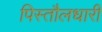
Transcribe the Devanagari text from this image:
पिस्तौलधारी